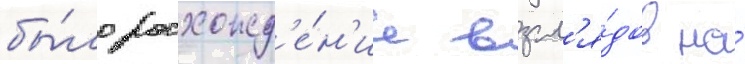
бы́ло расхожд'е́н'ие взгл'я́дов на́